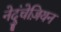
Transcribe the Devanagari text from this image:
नेदुंचेज़ियन